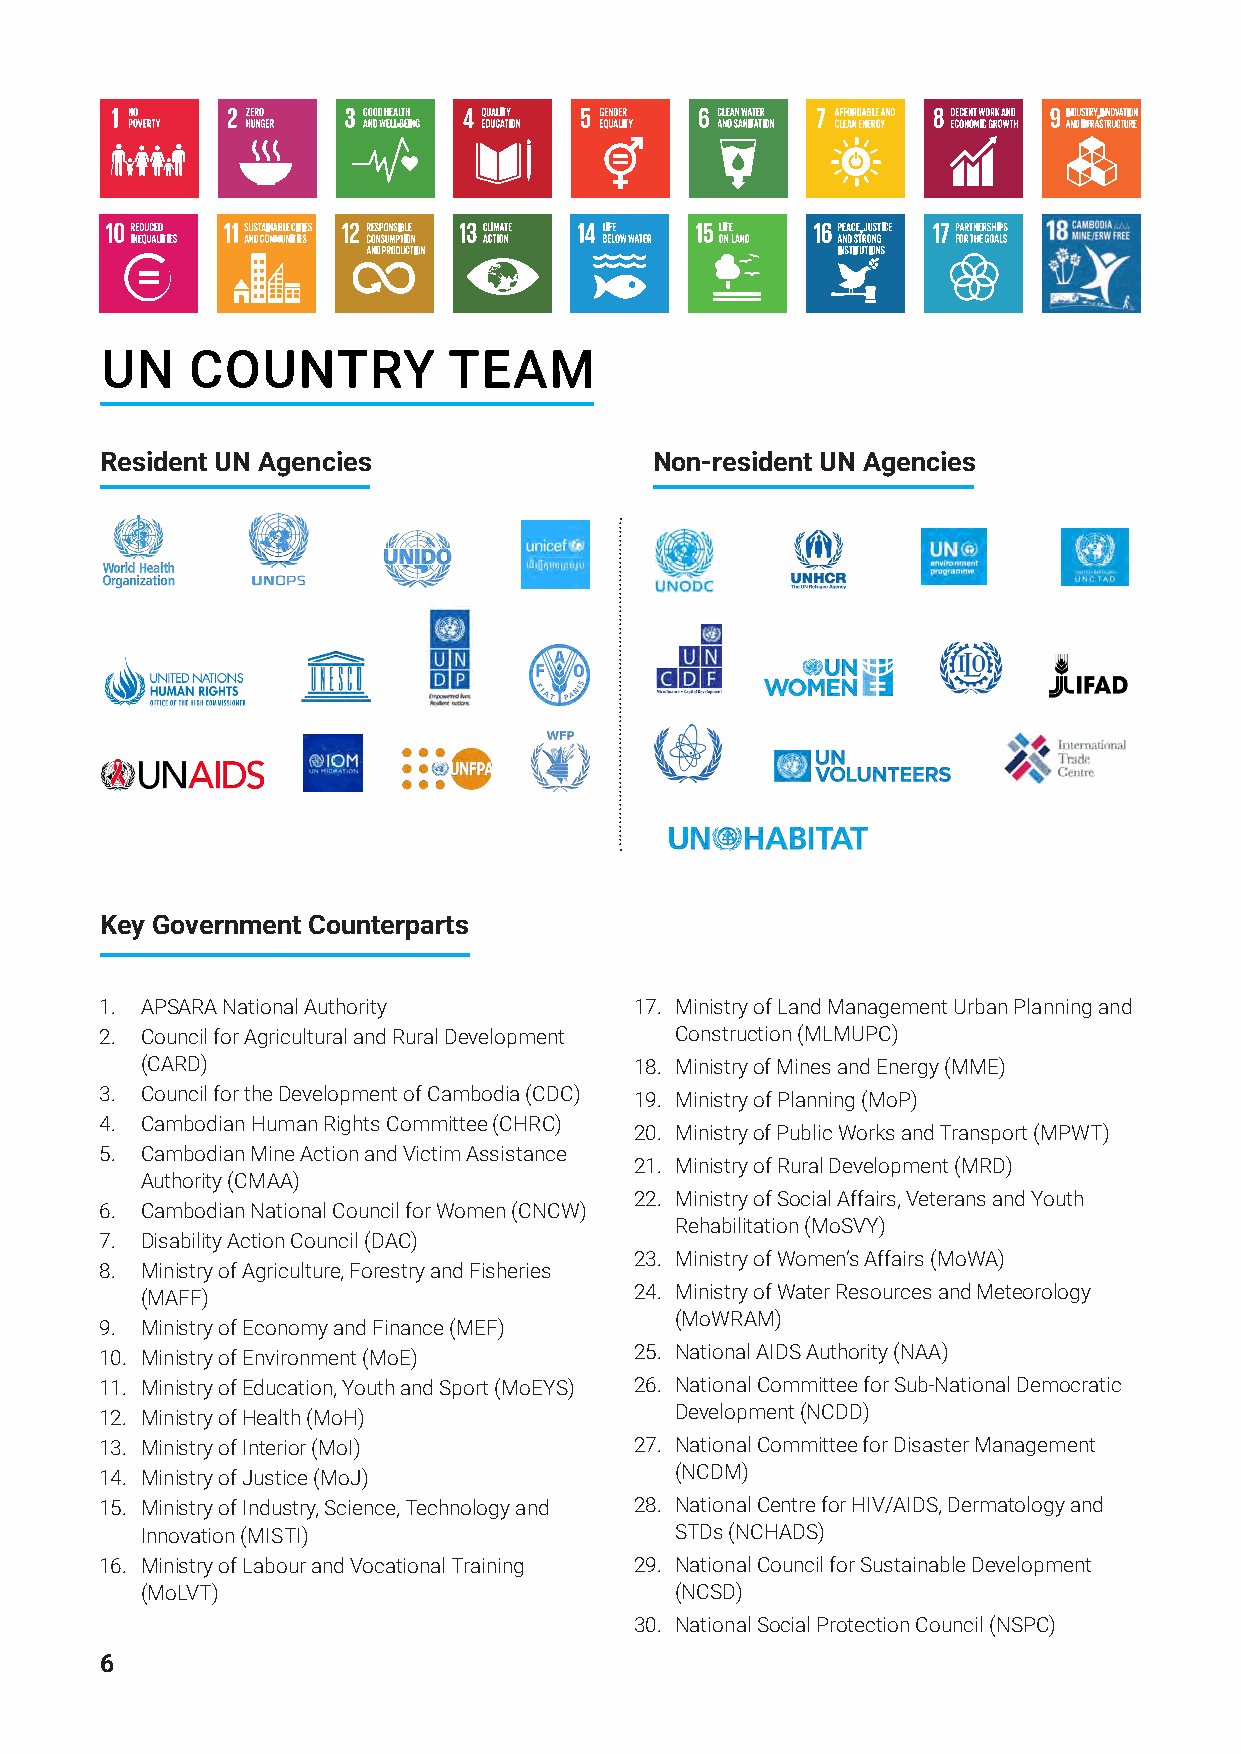
UN    COUNTRY          TEAM
 Resident UN Agencies                Non-resident UN Agencies
 Key Government Counterparts
 1. APSARA National Authority       17. Ministry of Land Management Urban Planning and
 2. Council for Agricultural and Rural Development Construction (MLMUPC)
 (CARD)                           18. Ministry of Mines and Energy (MME)
 3. Council for the Development of Cambodia (CDC) 19. Ministry of Planning (MoP)
 4. Cambodian Human Rights Committee (CHRC)
 20. Ministry of Public Works and Transport (MPWT)
 5. Cambodian Mine Action and Victim Assistance
 21. Ministry of Rural Development (MRD)
 Authority (CMAA)
 22. Ministry of Social Affairs, Veterans and Youth
 6. Cambodian National Council for Women (CNCW)
 Rehabilitation (MoSVY)
 7. Disability Action Council (DAC)
 23. Ministry of Women’s Affairs (MoWA)
 8. Ministry of Agriculture, Forestry and Fisheries
 24. Ministry of Water Resources and Meteorology
 (MAFF)
 (MoWRAM)
 9. Ministry of Economy and Finance (MEF)
 25. National AIDS Authority (NAA)
 10. Ministry of Environment (MoE)
 11. Ministry of Education, Youth and Sport (MoEYS) 26. National Committee for Sub-National Democratic
 Development (NCDD)
 12. Ministry of Health (MoH)
 13. Ministry of Interior (MoI)     27. National Committee for Disaster Management
 (NCDM)
 14. Ministry of Justice (MoJ)
 15. Ministry of Industry, Science, Technology and 28. National Centre for HIV/AIDS, Dermatology and
 Innovation (MISTI)                  STDs (NCHADS)
 16. Ministry of Labour and Vocational Training 29. National Council for Sustainable Development
 (MoLVT)                             (NCSD)
 30. National Social Protection Council (NSPC)
 6